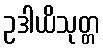
ဥဒါယိသုတ္တ